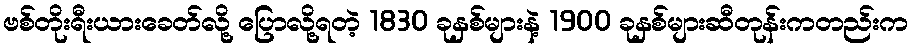
ဗစ်တိုးရီးယားခေတ်လို့ ပြောလို့ရတဲ့ 1830 ခုနှစ်များနဲ့ 1900 ခုနှစ်များဆီတုန်းကတည်းက